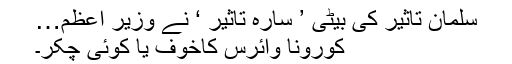
سلمان تاثیر کی بیٹی ’ سارہ تاثیر ‘ نے وزیر اعظم…
کورونا وائرس کاخوف یا کوئی چکر۔